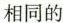
相同的